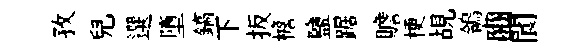
孜兒選墮鎬下扳檐鹽踞贍梗覘鴒豳閬